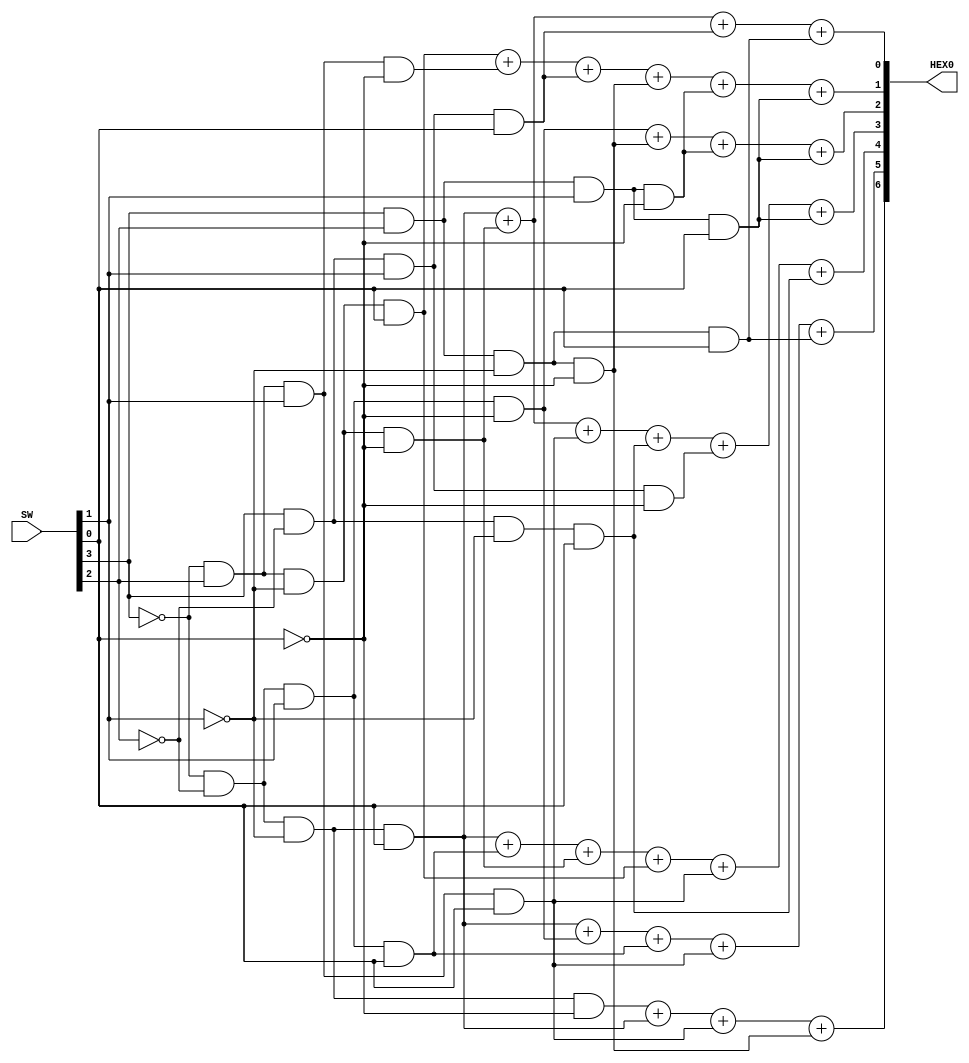
module HexDecoder (SW, HEX0);
	input [3:0] SW;
	output [6:0] HEX0;
	
	assign c0 = SW[0];
	assign c1 = SW[1];
	assign c2 = SW[2];
	assign c3 = SW[3];
	
	assign HEX0[0] = (~c3 & ~c2 & ~c1 & c0) + (~c3 & c2 & ~c1 & ~c0) + (c3 & ~c2 & c1 & c0) + (c3 & c2 & ~c1 & c0);
	
	assign HEX0[1] = (~c3 & c2 & ~c1 & c0) + (~c3 & c2 & c1 & ~c0) + (c3 & ~c2 & c1 & c0) + (c3 & c2 & ~c1 & ~c0) + (c3 & c2 & c1 & ~c0) + (c3 & c2 & c1 & c0);
	
	assign HEX0[2] = (~c3 & ~c2 & c1 & ~c0) + (c3 & c2 & ~c1 & ~c0) + (c3 & c2 & c1 & ~c0) + (c3 & c2 & c1 & c0);
	
	assign HEX0[3] = (~c3 & ~c2 & ~c1 & c0) + (~c3 & c2 & ~c1 & ~c0) + (~c3 & c2 & c1 & c0) + (c3 & ~c2 & ~c1 & c0) + (c3 & ~c2 & c1 & ~c0) + (c3 & c2 & c1 & c0);
	
	assign HEX0[4] = (~c3 & ~c2 & ~c1 & c0) + (~c3 & ~c2 & c1 & c0) + (~c3 & c2 & ~c1 & ~c0) + (~c3 & c2 & ~c1 & c0) + (~c3 & c2 & c1 & c0) + (c3 & ~c2 & ~c1 & c0);
	
	assign HEX0[5] = (~c3 & ~c2 & ~c1 & c0) + (~c3 & ~c2 & c1 & ~c0) + (~c3 & ~c2 & c1 & c0) + (~c3 & c2 & c1 & c0) + (c3 & c2 & ~c1 & c0);
	
	assign HEX0[6] = (~c3 & ~c2 & ~c1 & ~c0) + (~c3 & ~c2 & ~c1 & c0) + (~c3 & c2 & c1 & c0) + (c3 & c2 & ~c1 & ~c0);

endmodule